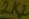
Text: 2K2